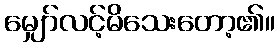
မျှော်လင့်မိသေးတော့၏။